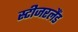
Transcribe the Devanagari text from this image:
स्टीजरलैंड